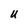
Character: u